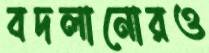
বদলানোরও